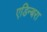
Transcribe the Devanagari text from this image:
एडिन्बरा